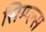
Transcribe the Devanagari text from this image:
सिम्प्ल्स